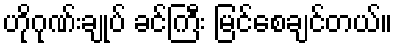
ဟိုဂုဏ်းချုပ် ခင်ကြီး မြင်စေချင်တယ်။